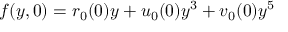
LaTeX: f ( y , 0 ) = r _ { 0 } ( 0 ) y + u _ { 0 } ( 0 ) y ^ { 3 } + v _ { 0 } ( 0 ) y ^ { 5 }